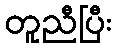
တူညီပြီး